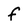
Character: f